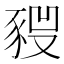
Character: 𧱣